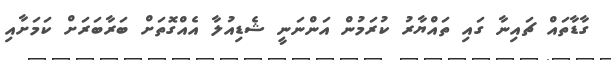
ގާޑާތައް ޗައިނާ ގައި ތައްޔާރު ކުރަމުން އަންނަނީ ޝެޑިއުލާ އެއްގޮތަށް ބަރާބަރަށް ކަމަށާއި